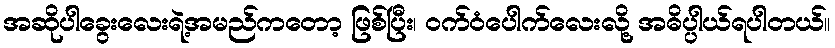
အဆိုပါခွေးလေးရဲ့အမည်ကတော့ ဖြစ်ပြီး၊ ဝက်ဝံပေါက်လေးလို့ အဓိပ္ပါယ်ရပါတယ်။